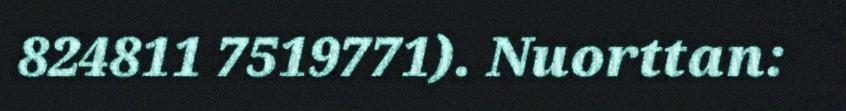
824811 7519771). Nuorttan: